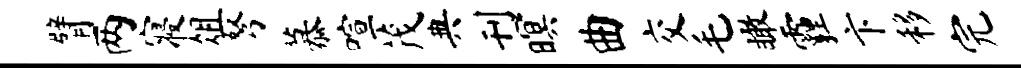
臂两寝俎弩慕喧茂典刊暝曲交毛瞰霾卞移完